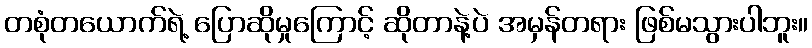
တစုံတယောက်ရဲ့ ပြောဆိုမှုကြောင့် ဆိုတာနဲ့ပဲ အမှန်တရား ဖြစ်မသွားပါဘူး။